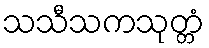
သသီသကသုတ္တံ